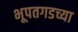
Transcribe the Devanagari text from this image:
भूपतगडच्या